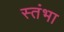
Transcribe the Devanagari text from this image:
स्तंभा